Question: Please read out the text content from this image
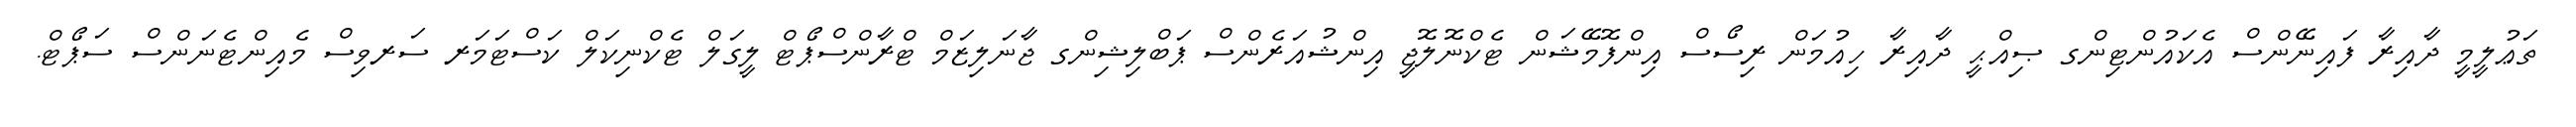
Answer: ތަޢުލީމީ ދާއިރާ ފައިނޭންސް އެކައުންޓިންގ ޞިއްޙީ ދާއިރާ ހިއުމަން ރިސޯސް އިންފޮމޭޝަން ޓެކްނޮލޮޖީ އިންޝުއަރެންސް ޕަބްލިޝިންގ ޖާނަލިޒަމް ޓްރާންސްޕޯޓް ލީގަލް ޓެކްނިކަލް ކަސްޓަމަރ ސަރވިސް މެއިންޓެނަންސް ސަޕޯޓް.